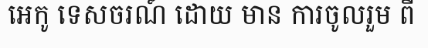
អេកូ ទេសចរណ៍ ដោយ មាន ការចូលរួម ពី